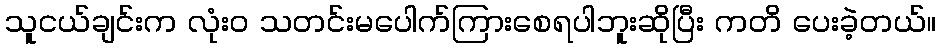
သူငယ်ချင်းက လုံးဝ သတင်းမပေါက်ကြားစေရပါဘူးဆိုပြီး ကတိ ပေးခဲ့တယ်။